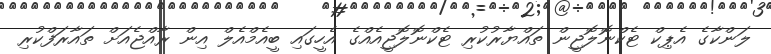
ލަންކާގެ އެޕިކް ޓެކްނޮލޮޖީން ތައްޔާރުކުރި ޓެކްނޮލޮޖީއެއްގެ އެހީގައި ބީއެމްއެލް އިން ރާއްޖެއަށް ތައާރަފްކުރި